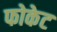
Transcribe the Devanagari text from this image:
फोकेट